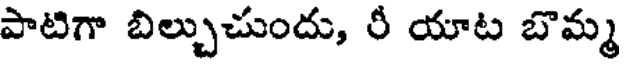
పాటిగా బిల్చుచుందు, రీ యాట బొమ్మ